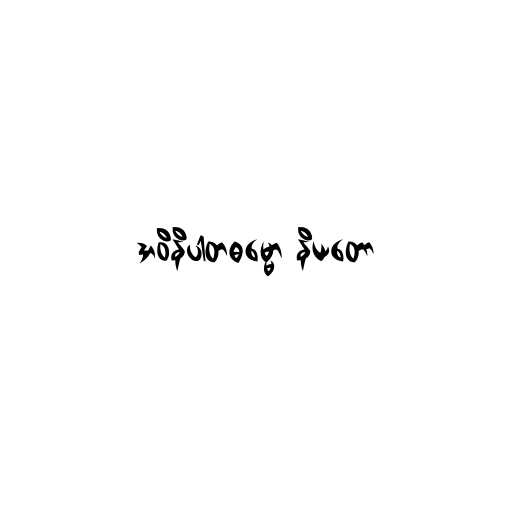
အဝိနိပါတဓမ္မော နိယတော